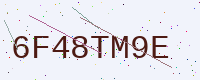
Text: 6F48TM9E